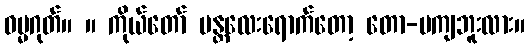
ဓမ္မဂုတ်။ ။ ကိုယ်တော် မန္တလေးရောက်တော့ တော-မကျဘူးလား။